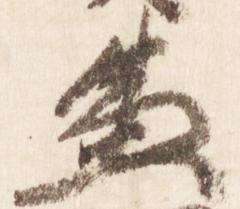
兼